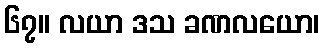
၆၇။ လယာ ဒသ ခဏလယော၊